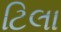
ટિલા